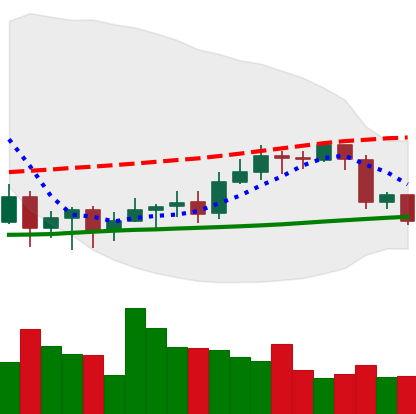
Ticker: BTC-USD
Chart end date: 2020-09-23
Forward return: 4.523%
Label: up_3_5